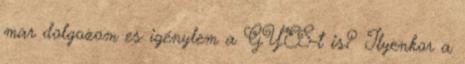
mar dolgozom es igénylem a GYES-t is? Ilyenkor a